Insane asylums in Bengal annual reports 1867-1875 - 1867-1875
Year: 1867
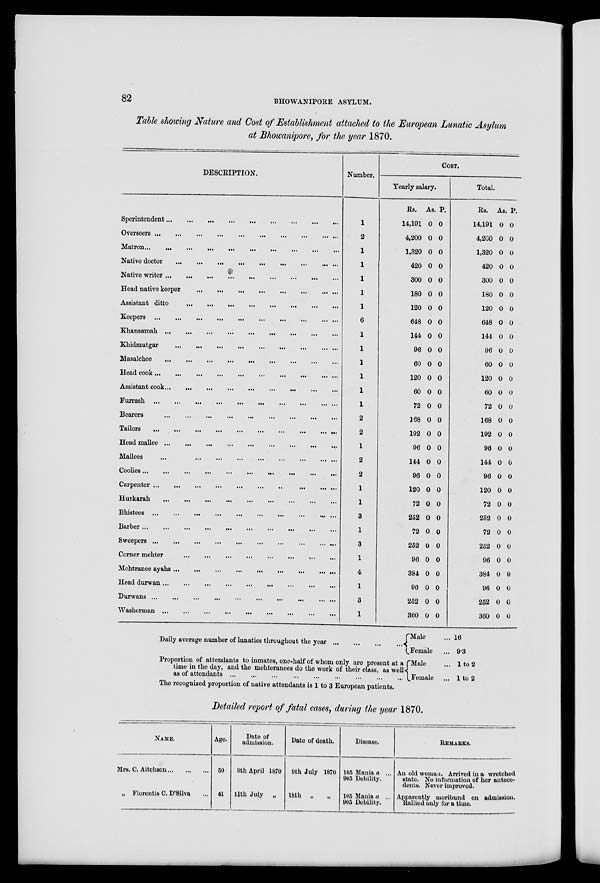
82
BHOWANIPORE ASYLUM.
Table showing Nature and Cost of Establishment attached to the European Lunatic Asylum
at Bhowanipore, for the year 1870.
DESCRIPTION.
Sperintendent ... ... ... ... ... ... ... ... ...
Overseers ... ... ... ... ... ... ... ... ... ...
Matron ... ... ... ... ... ... ... ... ... ... ...
Native doctor ... ... ... ... ... ... ... ... ... ...
Native writer
...
...
...
...
...
...
...
...
...
...
Head native keeper
...
...
...
...
...
...
...
...
...
Assistant ditto
...
...
...
...
...
...
...
...
...
...
Keepers ... ... ... ... ... ... ... ... ... ... ... ...
Khansamah
...
...
...
...
...
...
...
...
...
...
...
Khidmutgar
...
...
...
...
...
...
...
...
...
...
...
Masalchee
...
...
...
...
...
...
...
...
...
...
...
Head cook ... ... ... ... ... ... ... ... ... ... ... ...
Assistant cook ... ... ... ... ... ... ... ... ... ... ...
Furrash ... ... ... ... ... ... ... ... ... ... ... ...
Bearers ... ... ... ... ... ... ... ... ... ... ... ...
Tailors
...
...
...
...
...
...
...
...
...
...
...
...
Head mallee ... ... ... ... ... ... ... ... ... ...
Mallees
...
...
...
...
...
...
...
...
...
...
...
Coolies
...
...
...
...
...
...
...
...
...
...
...
Carpenter
...
...
...
...
...
...
...
...
...
...
...
Hurkarab ... ... ... ... ... ... ... ... ... ... ... ...
Bhistees ... ... ... ... ... ... ... ... ... ... ... ...
Barber ... ... ... ... ... ... ... ... ... ... ... ...
Sweepers
...
...
...
...
...
...
...
...
...
...
...
Corner mehter ... ... ... ... ... ... ... ... ... ...
Mehtranee ayahs
...
...
...
...
...
...
...
...
...
...
Head durwan ... ... ... ... ... ... ... ... ... ... ...
Durwans ... ... ... ... ... ... ... ... ... ... ... ...
Washerman ... ... ... ... ... ... ... ... ... ... ...
Number.
1
2
1
1
1
1
1
6
1
1
1
1
1
1
2
2
1
2
2
1
1
3
1
3
1
4
1
3
1
COST.
Yearly salary.
Rs.
14,191
4,200
1,320
420
300
180
120
648
144
96
60
120
60
72
168
192
96
144
96
120
72
252
72
252
96
384
96
252
360
As.
0
0
0
0
0
0
0
0
0
0
0
0
0
0
0
0
0
0
0
0
0
0
0
0
0
0
0
0
0
p.
0
0
0
0
0
0
0
0
0
0
0
0
0
0
0
0
0
0
0
0
0
0
0
0
0
0
0
0
0
Total.
Rs.
14,191
4,200
1,320
420
300
180
120
648
144
96
60
120
60
72
168
192
96
144
96
120
72
252
72
252
96
384
96
252
360
As.
0
0
0
0
0
0
0
0
0
0
0
0
0
0
0
0
0
0
0
0
0
0
0
0
0
0
0
0
0
p.
0
0
0
0
0
0
0
0
0
0
0
0
0
0
0
0
0
0
0
0
0
0
0
0
0
9
0
0
0
Daily average number of lunaties throughout the year ... ... ... ...
Proportion of attendants to inmates, one-balf of whom only are present at a
time in the day, and the mehteranees do the work of their class, as well
as of attendants ... ... ... ... ... ... ... ... ... ... ... ... ...
The recognized proportion of native attendants is 1 to 3 European patients.
Male...
Female...
Male ...
Female ...
16
9.3
1 to 2
1 to 2
Detailed report of fatal cases, during the year 1870.
NAME.
Mrs. C. Aitchson ... ... ...
„ Florentis C. D'Silva ...
Age.
50
41
Date of
admission.
9th April 1870
11th July „
Date of death.
9th July 1870
18th „ „
Disease.
105 Mania a ...
905 Debility.
105 Mania a ...
905 Debility.
REMARKS.
An old woman. Arrived in a wretched
State. No Information of her antece-
dents. Never improved.
Apparently moribund on admission.
Rallied only for a time.